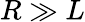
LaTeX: R\gg L